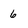
Character: 6